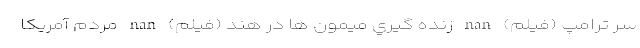
سر ترامپ (فیلم) nan زنده گيري ميمون ها در هند (فیلم) nan مردم آمریکا